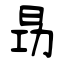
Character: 昮